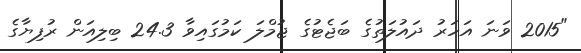
"2015 ވަނަ އަހަރު ދައުލަތުގެ ބަޖެޓުގެ ޖުމްލަ ކަމުގައިވާ 24.3 ބިލިއަން ރުފިޔާގެ